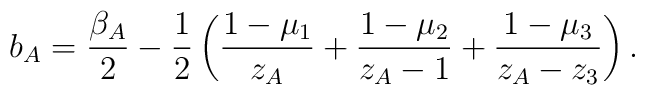
b_A =\frac{\beta_{A}}{2} -\frac{1}{2}\left( \frac{1-\mu _1}{z_A}+\frac{1-\mu _2}{z_A-1}+ \frac{1-\mu _3}{z_A-z_3}\right).